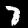
Label: 7